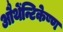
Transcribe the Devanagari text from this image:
औथेंन्टिकेष्ण